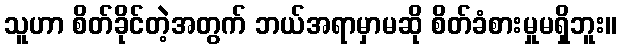
သူဟာ စိတ်ခိုင်တဲ့အတွက် ဘယ်အရာမှာမဆို စိတ်ခံစားမှုမရှိဘူး။